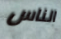
الناس